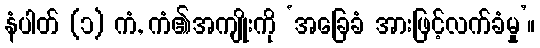
နံပါတ် (၁) ကံ, ကံ၏အကျိုးကို ‘အခြေခံ အားဖြင့်လက်ခံမှု’။